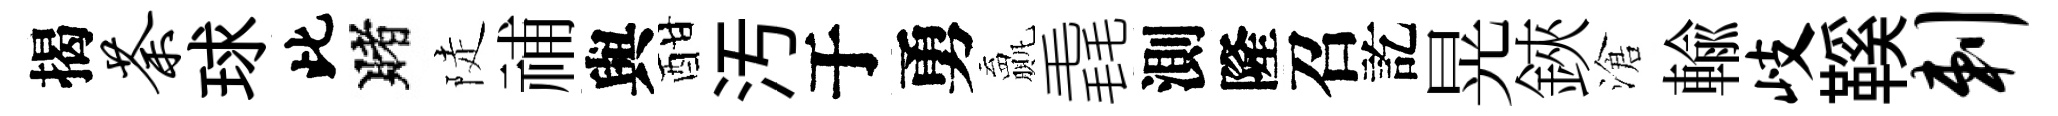
揭荼球此賭陡𥙷與酣汚于勇贏毳測隆召訖晃鋏滄輸岐鞵剌